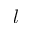
l